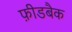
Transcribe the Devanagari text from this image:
फ़ीडबैक